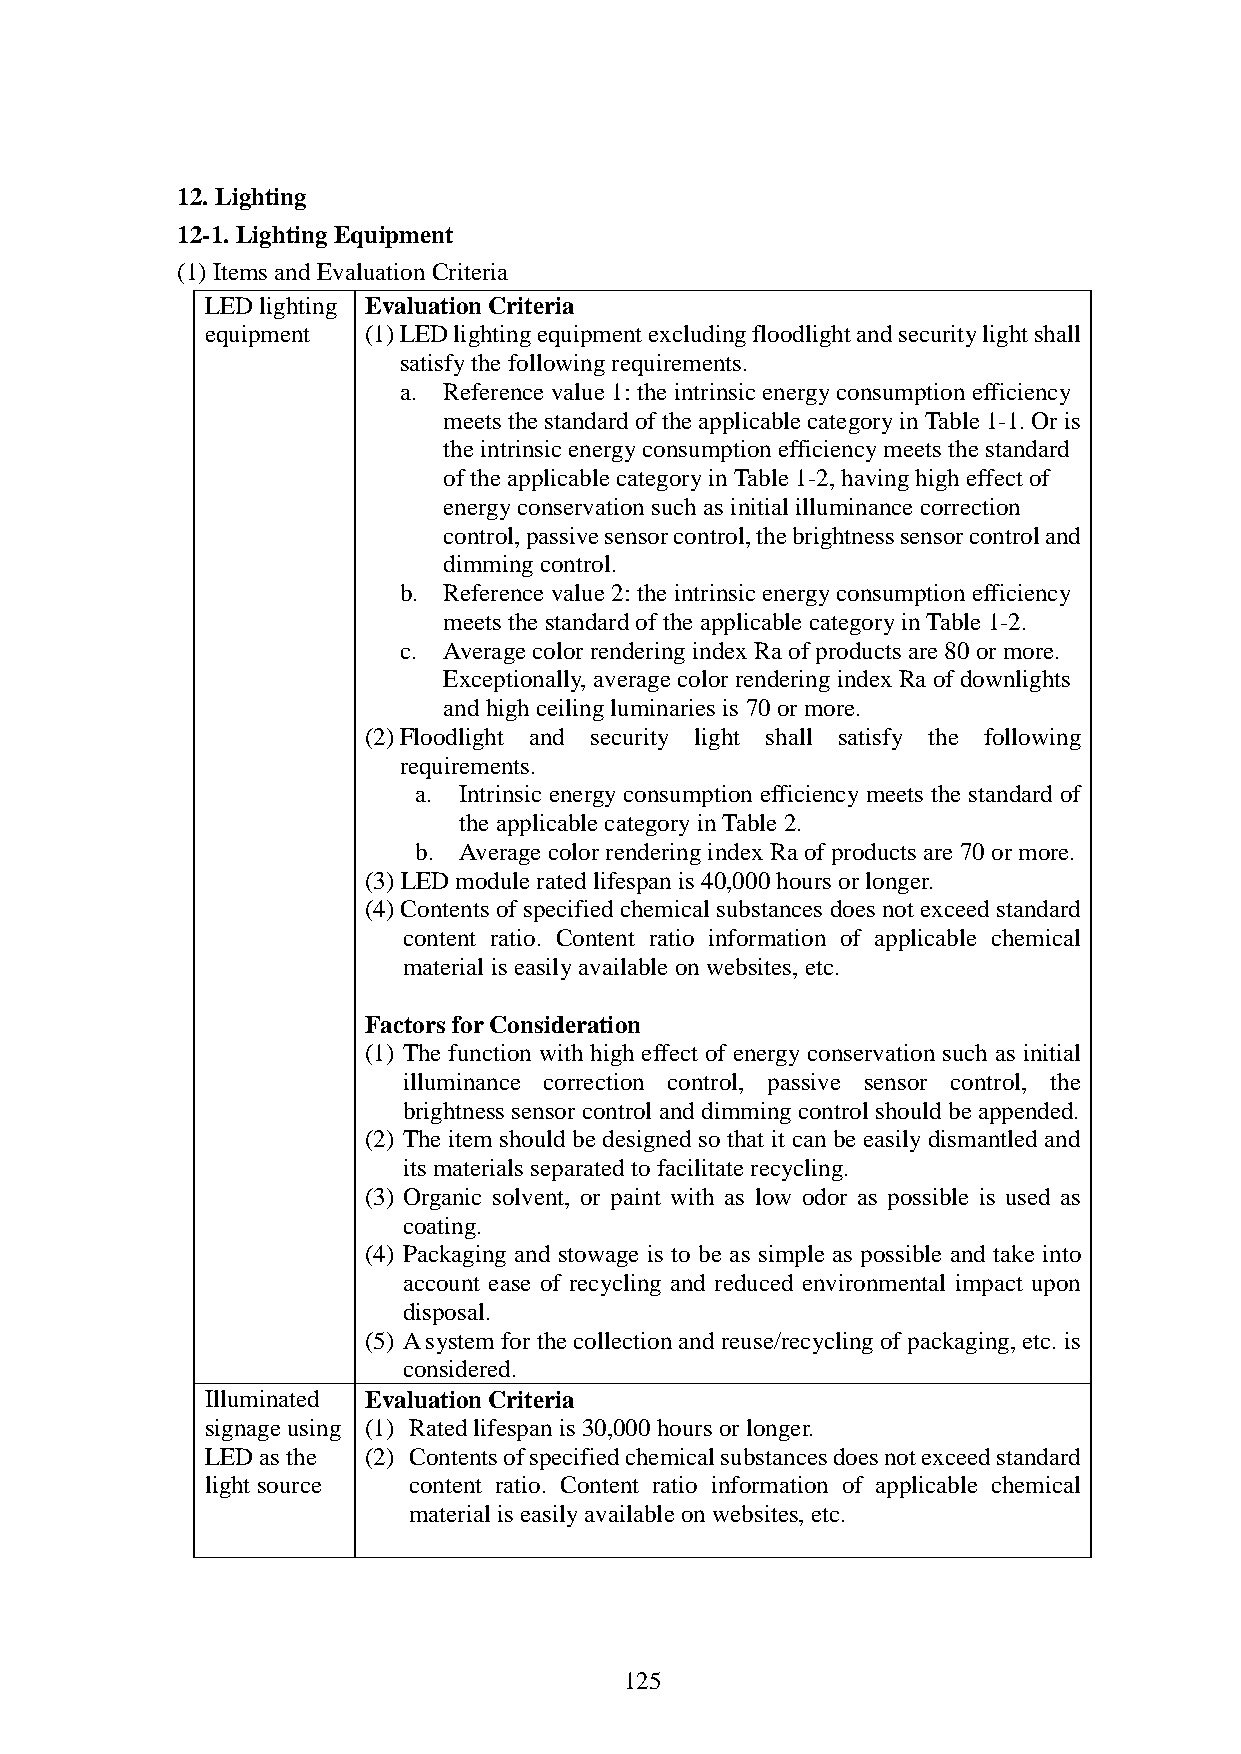
12. Lighting
 12-1. Lighting Equipment
 (1) Items and Evaluation Criteria
 LED lighting Evaluation Criteria
 equipment (1) LED lighting equipment excluding floodlight and security light shall
 satisfy the following requirements.
 a. Reference value 1: the intrinsic energy consumption efficiency
 meets the standard of the applicable category in Table 1-1. Or is
 the intrinsic energy consumption efficiency meets the standard
 of the applicable category in Table 1-2, having high effect of
 energy conservation such as initial illuminance correction
 control, passive sensor control, the brightness sensor control and
 dimming control.
 b. Reference value 2: the intrinsic energy consumption efficiency
 meets the standard of the applicable category in Table 1-2.
 c. Average color rendering index Ra of products are 80 or more.
 Exceptionally, average color rendering index Ra of downlights
 and high ceiling luminaries is 70 or more.
 (2) Floodlight and security light shall satisfy the following
 requirements.
 a. Intrinsic energy consumption efficiency meets the standard of
 the applicable category in Table 2.
 b. Average color rendering index Ra of products are 70 or more.
 (3) LED module rated lifespan is 40,000 hours or longer.
 (4) Contents of specified chemical substances does not exceed standard
 content ratio. Content ratio information of applicable chemical
 material is easily available on websites, etc.
 Factors for Consideration
 (1) The function with high effect of energy conservation such as initial
 illuminance correction control, passive sensor control, the
 brightness sensor control and dimming control should be appended.
 (2) The item should be designed so that it can be easily dismantled and
 its materials separated to facilitate recycling.
 (3) Organic solvent, or paint with as low odor as possible is used as
 coating.
 (4) Packaging and stowage is to be as simple as possible and take into
 account ease of recycling and reduced environmental impact upon
 disposal.
 (5) A system for the collection and reuse/recycling of packaging, etc. is
 considered.
 Illuminated Evaluation Criteria
 signage using (1) Rated lifespan is 30,000 hours or longer.
 LED as the (2) Contents of specified chemical substances does not exceed standard
 light source content ratio. Content ratio information of applicable chemical
 material is easily available on websites, etc.
 125